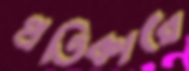
প্রতিকারে